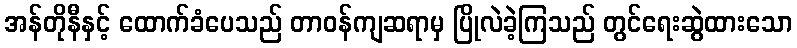
အန်တိုနီနှင့် ထောက်ခံပေသည် တာဝန်ကျဆရာမှ ပြိုလဲခဲ့ကြသည် တွင်ရေးဆွဲထားသော